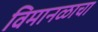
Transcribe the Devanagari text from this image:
विमानळाचा